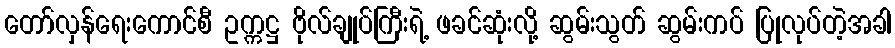
တော်လှန်ရေးကောင်စီ ဥက္ကဋ္ဌ ဗိုလ်ချုပ်ကြီးရဲ့ ဖခင်ဆုံးလို့ ဆွမ်းသွတ် ဆွမ်းကပ် ပြုလုပ်တဲ့အခါ